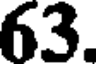
63.